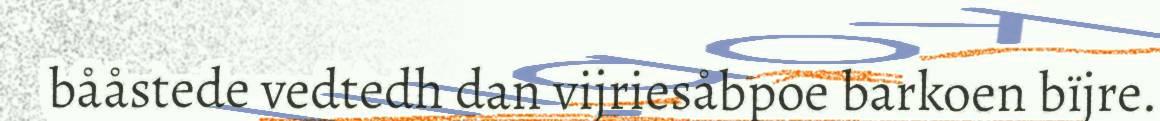
bååstede vedtedh dan vijriesåbpoe barkoen bïjre.